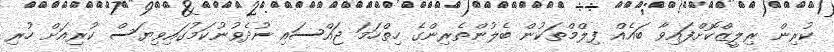
ކުރިން ރިލީޒްކޮށްފައިވާ ބައެއް ފިލްމްތަކުން ބެލުންތެރިންގެ ހިތްހަމަ ޖައްސައި ނުދެވުނުކަމުގައިވިޔަސް ކުރިއަށް ހުރި